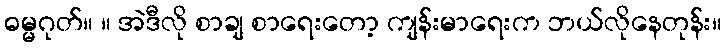
ဓမ္မဂုတ်။ ။ အဲဒီလို စာချ စာရေးတော့ ကျန်းမာရေးက ဘယ်လိုနေတုန်း။